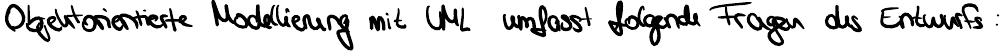
Objektorientierte Modellierung mit UML umfasst folgende Fragen des Entwurfs: